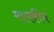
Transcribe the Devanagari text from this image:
मालकीचं